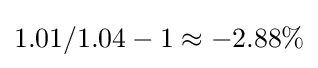
1.01/1.04-1\approx -2.88\%